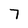
Character: 7